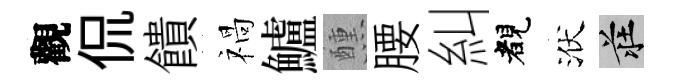
觀侃饋禍鱸醺腰糾睹洑莊